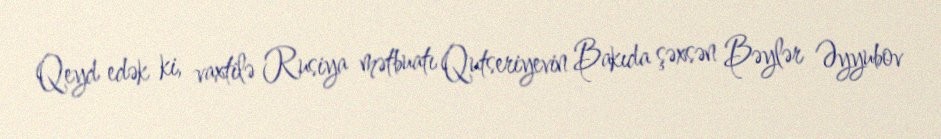
Qeyd edək ki, vaxtilə Rusiya mətbuatı Qutseriyevin Bakıda şəxsən Bəylər Əyyubov